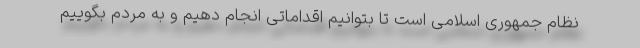
نظام جمهوری اسلامی است تا بتوانیم اقداماتی انجام دهیم و به مردم بگوییم